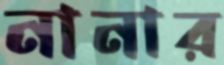
নানার